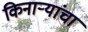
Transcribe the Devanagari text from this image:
किनाऱ्यांचा